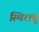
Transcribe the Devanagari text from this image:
स्थिरावू